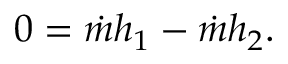
0 = { \dot { m } } h _ { 1 } - { \dot { m } } h _ { 2 } .